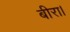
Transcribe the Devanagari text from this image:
बीरा।